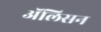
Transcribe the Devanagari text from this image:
अॅलिसन